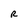
Character: R